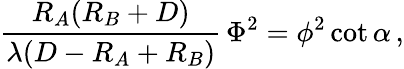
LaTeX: {\frac{R_{A}(R_{B}+D)}{\lambda(D-R_{A}+R_{B})}}\, \Phi^{2}=\phi^{2}\cot\alpha\, ,